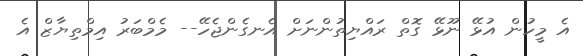
އެ މީހުން އުޅޭ ނޫޅޭ ގޮތް ރައްޔިތުންނަށް އެނގެންޖެހޭ-- މެމްބަރު އިމްތިޔާޒް އެ